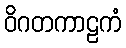
ဝိဂတကာဠကံ